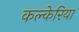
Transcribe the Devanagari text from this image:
कल्केरिया